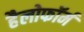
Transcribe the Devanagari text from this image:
हैलोफॉर्म